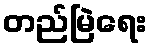
တည်မြဲရေး